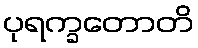
ပုရက္ခတောတိ